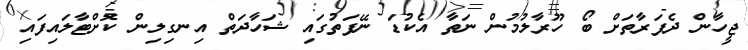
ޖީހާން ދެފަރާތަށް ބޯ ހޫރާލުމުން ނަތާ އެކުޑަ ނޭފަތުގައި ޝަހާދަތް އިނގިލިން ކޮށްޓާލައިފައި